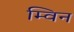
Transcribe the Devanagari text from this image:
म्विन